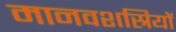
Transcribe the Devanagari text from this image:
मानवशस्रियों